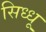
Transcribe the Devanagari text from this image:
सिध्धू